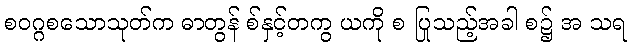
စဝဂ္ဂစသောသုတ်က ဓာတွန် စ်နှင့်တကွ ယကို စ ပြုသည့်အခါ စ၌ အ သရ